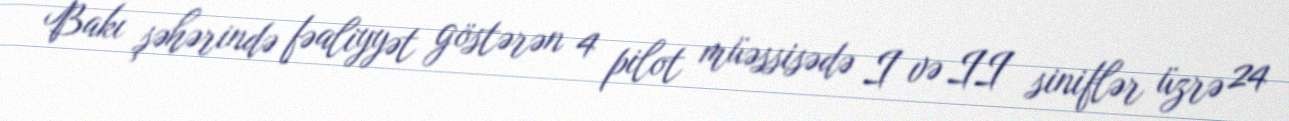
Bakı şəhərində fəaliyyət göstərən 4 pilot müəssisədə I və II siniflər üzrə 24